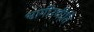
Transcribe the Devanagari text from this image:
भागीरथीति